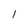
Character: 1